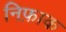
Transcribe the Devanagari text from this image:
निफ़ाक